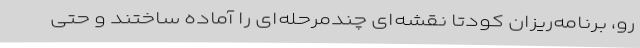
رو، برنامه‌ریزان کودتا نقشه‌ای چندمرحله‌ای را آماده ساختند و حتی